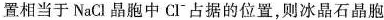
置相当于NaC1晶胞中C1⁻占据的位置，则冰晶石晶胞